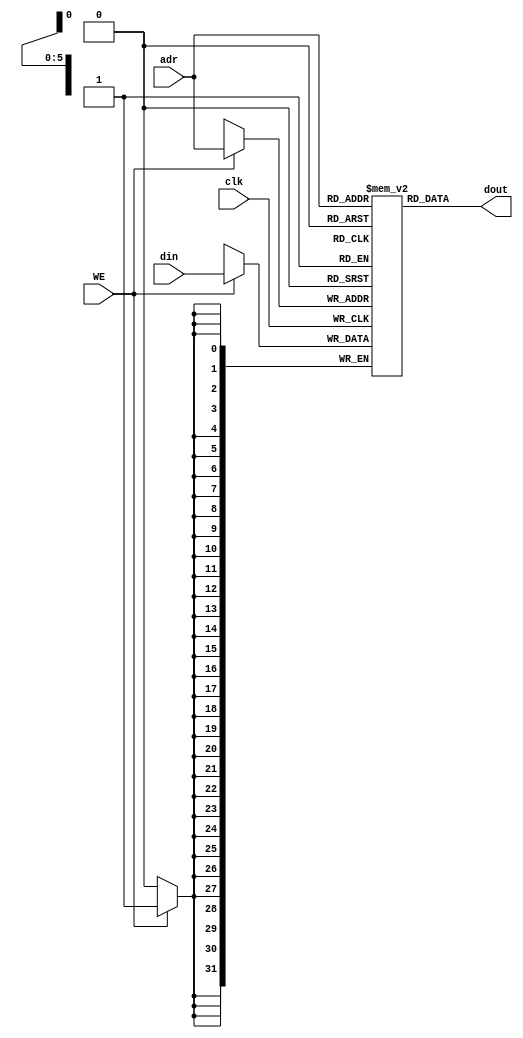
module RAM #(
	parameter ADDRW = 6, 
	parameter DATAW = 32)(
	
	input 	clk,
	input 	WE,
	input 	[ADDRW-1:0] adr,
	input 	[DATAW-1:0] din,	
	output	[DATAW-1:0] dout
); 

reg [DATAW-1:0] RAM[2**ADDRW-1:0];

	always @(posedge clk)
	begin 
		if(WE)
			RAM[adr] <= din; 
	end 
	
	assign dout =  RAM[adr]; 

endmodule